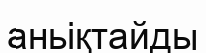
аньіқтайды